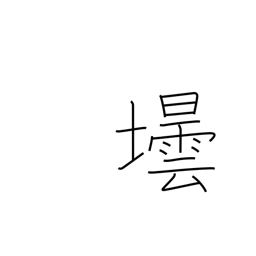
Meaning: bottle